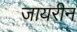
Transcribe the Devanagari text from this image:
जायरीन